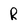
Character: R